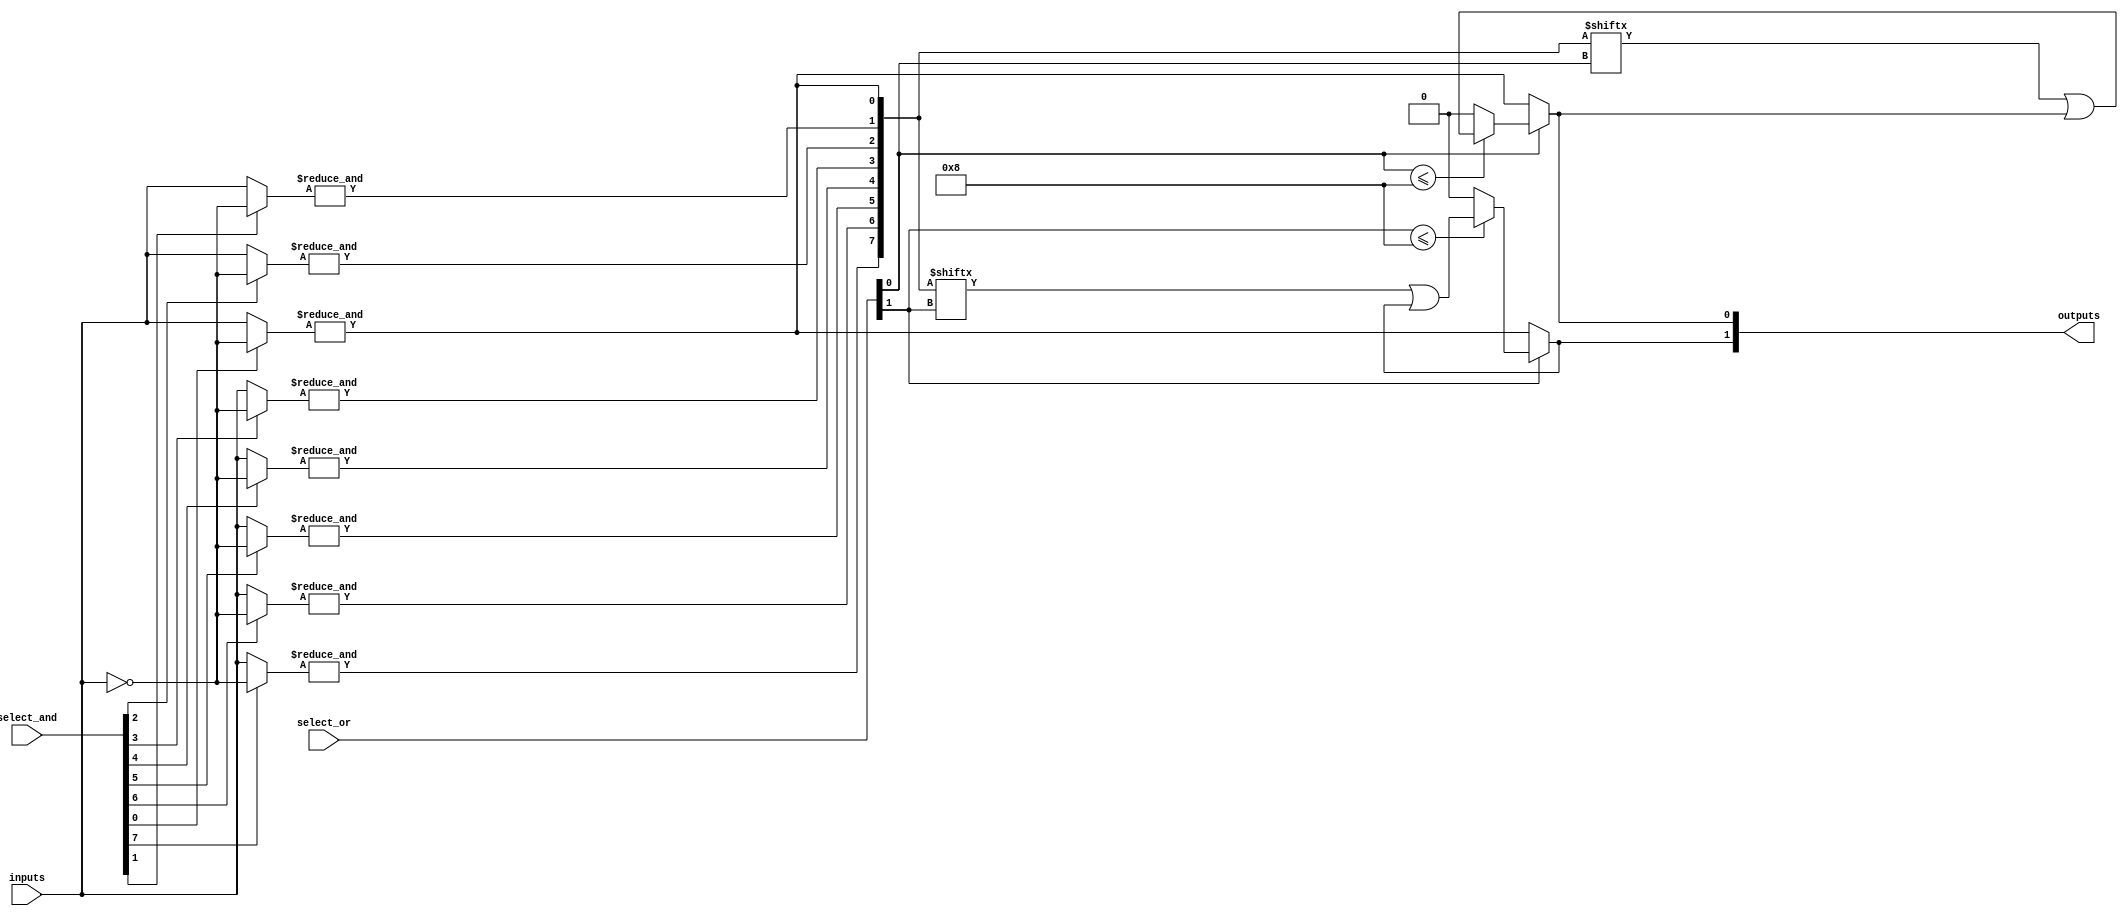
module programmable_pll(
    input wire [N-1:0] inputs,      // Input signals (N input lines)
    input wire [M-1:0] select_and,   // Selection signals for AND array
    input wire [P-1:0] select_or,    // Selection signals for OR array
    output wire [Q-1:0] outputs       // Output signals (Q output lines)
);

parameter N = 4;  // Number of input lines
parameter M = 8;  // Number of AND gates
parameter P = 4;  // Number of OR gates
parameter Q = 2;  // Number of output lines

// Intermediate product terms from AND gates
wire [M-1:0] and_output;

// Programmable AND array
genvar i, j;
generate
    for(i = 0; i < M; i = i + 1) begin : and_gate
        // Each AND gate uses a selection signal to determine its inputs
        wire [N-1:0] and_inputs;
        assign and_inputs = (select_and[i] == 0) ? inputs : ~inputs; // Example inversion logic
        assign and_output[i] = &and_inputs; // AND operation
    end
endgenerate

// Add the programmable OR array
genvar k;
generate
    for(k = 0; k < Q; k = k + 1) begin : or_gate
        // Each OR gate uses selection signals to determine which product terms to combine
        assign outputs[k] = (select_or[k] == 0) ? and_output[0] : 
                            (select_or[k] <= M) ? (and_output[select_or[k]] | outputs[k]) : 
                            1'b0; // Or output based on selected AND products
    end
endgenerate

endmodule